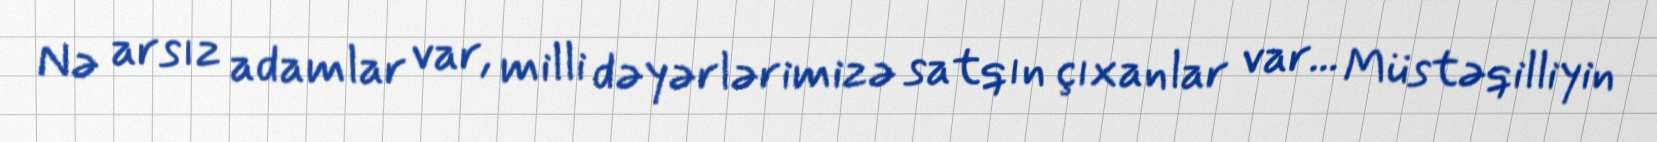
Nə arsız adamlar var, milli dəyərlərimizə satqın çıxanlar var... Müstəqilliyin